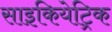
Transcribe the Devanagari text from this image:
साइकियेट्रिक